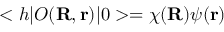
< h | O ( { \bf R } , { \bf r } ) | 0 > = \chi ( { \bf R } ) \psi ( { \bf r } )